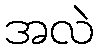
အလဲ